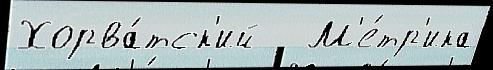
Хорва́тск'ий   М'е́тр'ика